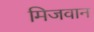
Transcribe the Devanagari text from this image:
मिजवान